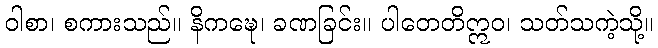
ဝါစာ၊ စကားသည်။ နိကဍ္ဎေ၊ ခဏခြင်း။ ပါတေတိဣဝ၊ သတ်သကဲ့သို့။